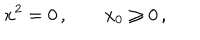
LaTeX: x ^ { 2 } = 0 \, , \; x _ { 0 } \geq 0 \, ,